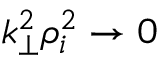
k _ { \perp } ^ { 2 } \rho _ { i } ^ { 2 } \rightarrow 0